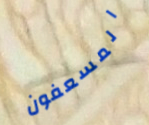
المسعفون